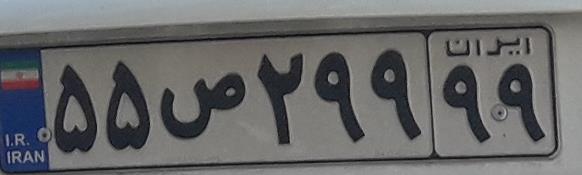
۵۵ص۲۹۹۹۹